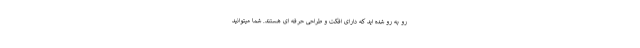
رو به رو شده اید که دارای افکت و طراحی حرفه ای هستند. شما میتوانید